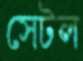
সেটল